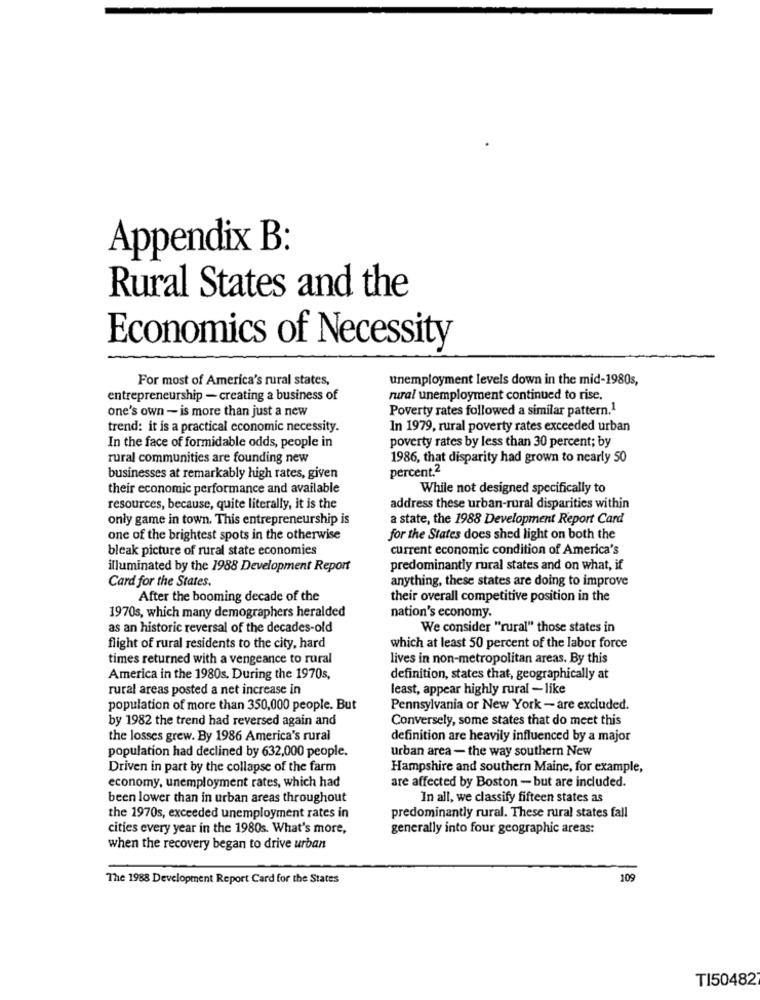
Appendix B:
Rural States and the
Economics of Necessity
For most of America's rural states,
unemployment levels down in the mid-1980s,
entrepreneurship - creating a business of
rural unemployment continued to rise.
one's own - is more than just a new
Poverty rates followed a similar pattern.1
trend: it is a practical economic necessity.
In 1979, rural poverty rates exceeded urban
In the face of formidable odds, people in
poverty rates by less than 30 percent; by
rural communities are founding new
1986, that disparity had grown to nearly 50
percent.2
businesses at remarkably high rates, given
their economic performance and available
While not designed specifically to
resources, because, quite literally, it is the
address these urban-rural disparities within
only game in town. This entrepreneurship is
a state, the 1988 Development Report Card
one of the brightest spots in the otherwise
for the States does shed light on both the
bleak picture of rural state economies
current economic condition of America's
illuminated by the 1988 Development Report
predominantly rural states and on what, if
Card for the States.
anything, these states are doing to improve
After the booming decade of the
their overall competitive position in the
1970s, which many demographers heralded
nation's economy.
as an historic reversal of the decades-old
We consider "rural" those states in
flight of rural residents to the city, hard
which at least 50 percent of the labor force
times returned with a vengeance to rural
lives in non-metropolitan areas. By this
America in the 1980s. During the 1970s,
definition, states that, geographically at
rural areas posted a net increase in
least, appear highly rural - like
population of more than 350,000 people. But
Pennsylvania or New York - are excluded.
by 1982 the trend had reversed again and
Conversely, some states that do meet this
the losses grew. By 1986 America's rural
definition are heavily influenced by a major
population had declined by 632,000 people.
urban area - the way southern New
Driven in part by the collapse of the farm
Hampshire and southern Maine, for example,
economy, unemployment rates, which had
are affected by Boston - but are included.
been lower than in urban areas throughout
In all, we classify fifteen states as
the 1970s, exceeded unemployment rates in
predominantly rural. These rural states fall
cities every year in the 1980s. What's more,
generally into four geographic areas:
when the recovery began to drive urban
The 1988 Development Report Card for the States
109
T150482